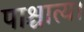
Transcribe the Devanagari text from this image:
पाश्चात्य।